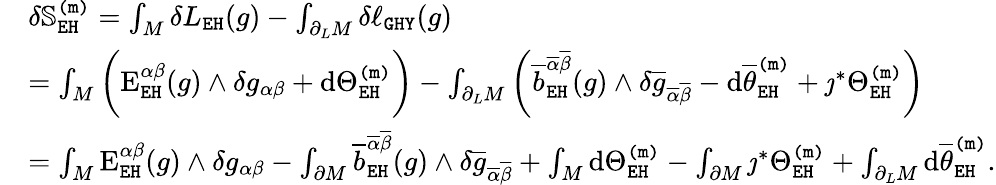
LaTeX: \begin{array}{rl}&{\delta\mathbb{S}_{\mathtt{EH}}^{\mathtt{(m)}}=\int_{M}\delta L_{\mathtt{EH}}(g)-\int_{\partial_{L}M}\delta\ell_{\mathtt{GHY}}(g)}\\ &{=\int_{M}\bigg(\mathrm{E}_{\mathtt{EH}}^{\alpha\beta}(g)\wedge\delta g_{\alpha\beta}+\mathrm{d}\Theta_{\mathtt{EH}}^{\mathtt{(m)}}\bigg)-\int_{\partial_{L}M}\bigg(\overline{{b}}_{\mathtt{EH}}^{\overline{{\alpha}}\overline{{\beta}}}(g)\wedge\delta\overline{{g}}_{\overline{{\alpha}}\overline{{\beta}}}-\mathrm{d}\overline{{\theta}}_{\mathtt{EH}}^{\mathtt{(m)}}+\jmath^{*}\Theta_{\mathtt{EH}}^{\mathtt{(m)}}\bigg)}\\ &{=\int_{M}\mathrm{E}_{\mathtt{EH}}^{\alpha\beta}(g)\wedge\delta g_{\alpha\beta}-\int_{\partial M}\overline{{b}}_{\mathtt{EH}}^{\overline{{\alpha}}\overline{{\beta}}}(g)\wedge\delta\overline{{g}}_{\overline{{\alpha}}\overline{{\beta}}}+\int_{M}\mathrm{d}\Theta_{\mathtt{EH}}^{\mathtt{(m)}}-\int_{\partial M}\jmath^{*}\Theta_{\mathtt{EH}}^{\mathtt{(m)}}+\int_{\partial_{L}M}\mathrm{d}\overline{{\theta}}_{\mathtt{EH}}^{\mathtt{(m)}}.}\end{array}